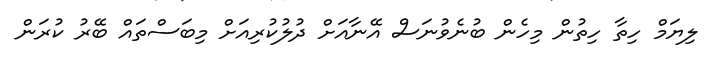
ލިޔަމް ހިތާ ހިތުން މިހެން ބުނެވުނަސް އޭނާއަށް ދުލުކުރިއަށް މިބަސްތައް ބޭރު ކުރަން